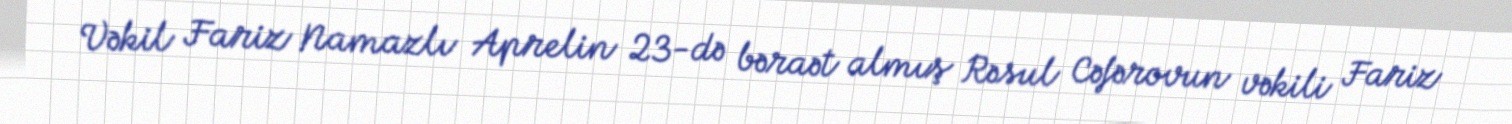
Vəkil Fariz Namazlı Aprelin 23-də bəraət almış Rəsul Cəfərovun vəkili Fariz